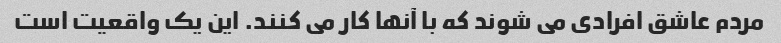
مردم عاشق افرادی می شوند که با آنها کار می کنند. این یک واقعیت است